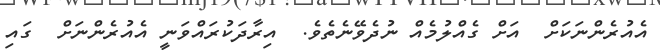
އެއުރެންނަކަށް  އަށް ގެއްލުމެއް ނުދެވޭނެތެވެ.  އިރާދަކުރައްވަނީ އެއުރެންނަށް  ގައި